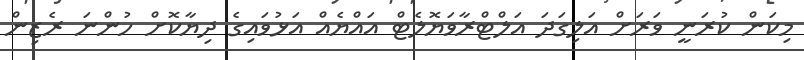
މިކަން ކުރަނީ ވަރަށް އަލިގަދަ އަލްޓްރާވަޔޮލެޓް އައްޔެއް އަޅުވައިގެ ދިޔާކޮށް ހުންނަ ރެޒިން